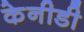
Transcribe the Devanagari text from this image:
केनीडी